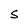
Character: S